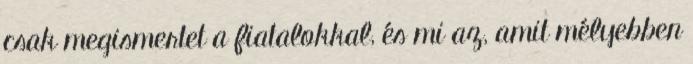
csak megismertet a fiatalokkal, és mi az, amit mélyebben